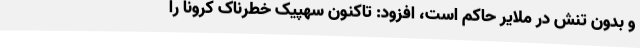
و بدون تنش در ملایر حاکم است، افزود: تاکنون سهپیک خطرناک کرونا را